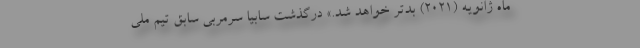
ماه ژانویه (۲۰۲۱) بدتر خواهد شد.» درگذشت سابیا سرمربی سابق تیم ملی